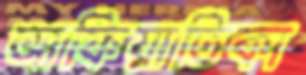
আফিয়াতিকা